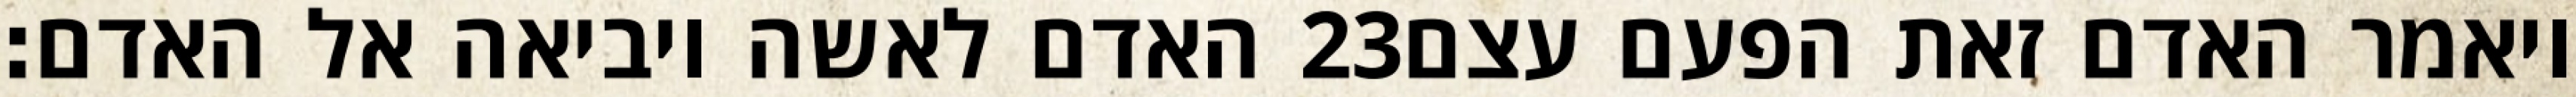
האדם לאשה ויביאה אל האדם׃ ‎23‏ ויאמר האדם זאת הפעם עצם